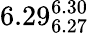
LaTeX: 6.29_{6.27}^{6.30}